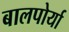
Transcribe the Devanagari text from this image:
बालपोर्या